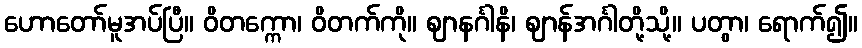
ဟောတော်မူအပ်ပြီ။ ဝိတက္ကော၊ ဝိတက်ကို။ ဈာနင်္ဂါနိ၊ ဈာန်အင်္ဂါတို့သို့။ ပတွာ၊ ရောက်၍။